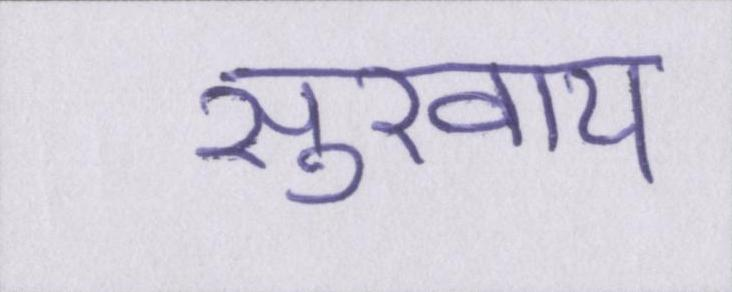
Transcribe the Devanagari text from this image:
सुखाय